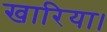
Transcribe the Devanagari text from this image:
खारिया।